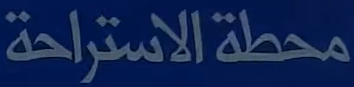
محطة الاستراحة